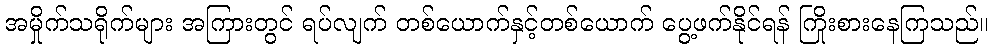
အမှိုက်သရိုက်များ အကြားတွင် ရပ်လျက် တစ်ယောက်နှင့်တစ်ယောက် ပွေ့ဖက်နိုင်ရန် ကြိုးစားနေကြသည်။